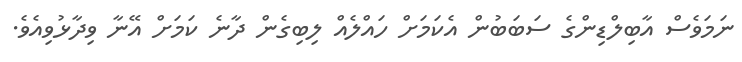
ނަމަވެސް އާބިލްޑިންގެ ސަބަބުން އެކަމަށް ހައްލެއް ލިބިގެން ދާނެ ކަމަށް އޭނާ ވިދާޅުވިއެވެ.